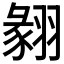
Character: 𦑙